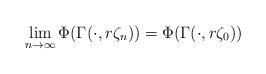
LaTeX: \begin{align*}\lim_{n\to \infty}\Phi(\Gamma(\cdot,r\zeta_n))= \Phi(\Gamma(\cdot,r\zeta_0))\end{align*}